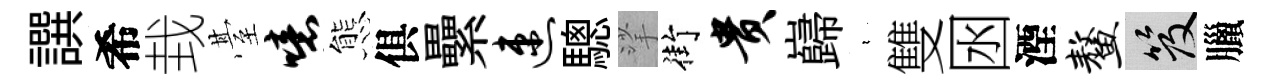
譔希㘽䑓噫態俱纍速驄挲街贵巋裊雙囦湮鳌笈臘